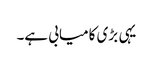
یہی بڑی کامیابی ہے۔